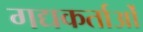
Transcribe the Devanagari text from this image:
गद्यकर्ताओं